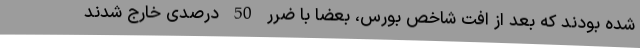
شده بودند که بعد از افت شاخص بورس، بعضا با ضرر 50 درصدی خارج شدند